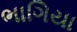
ભાગિયા